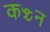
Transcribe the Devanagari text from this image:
कञ्चन